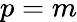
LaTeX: p=m